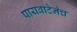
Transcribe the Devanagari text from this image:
पायवाटेनेच